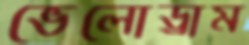
ভেলোড্রাম